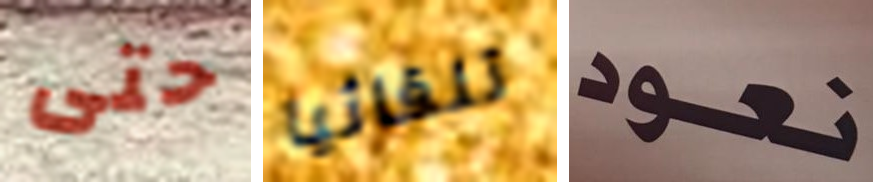
حتى تلقائيا نعود